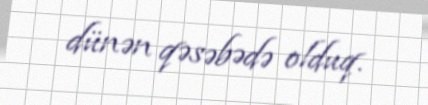
dünən qəsəbədə olduq.